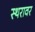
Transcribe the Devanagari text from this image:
स्थरावर